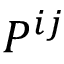
P ^ { i j }